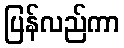
ပြန်လည်ကာ